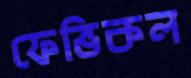
ফেভিকল